Report of the Municipal Commissioner on the plague in Bombay for the year ending 31st May... - Volume 1
Disease focus: Plague
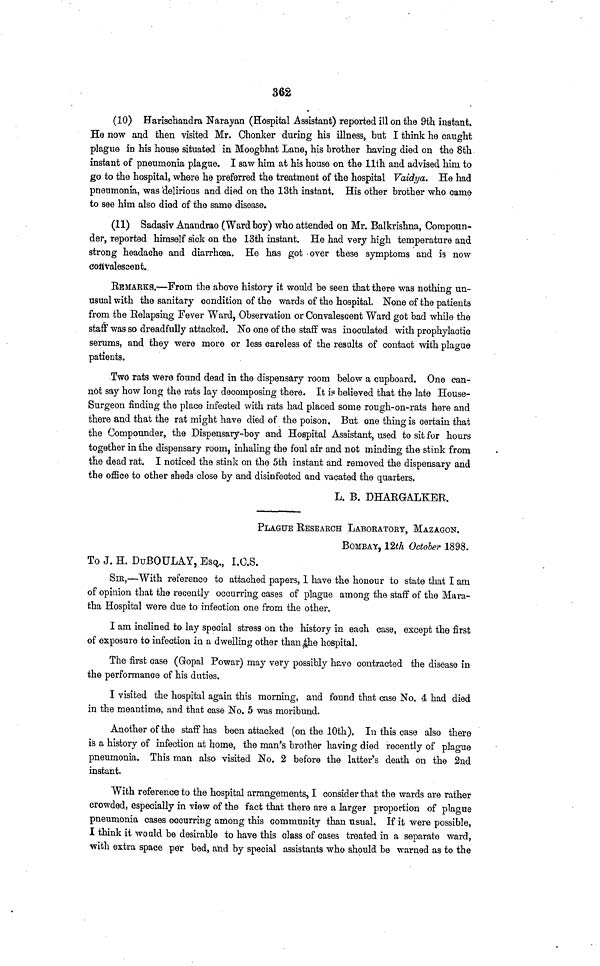
362
(10) Harischandra Narayan (Hospital Assistant) reported ill on the 9th instant.
He now and then visited Mr. Chonker during his illness, but I think he caught
plague in his house situated in Moogbhat Lane, his brother having died on the 8th
instant of pneumonia plague. I saw him at his house on the llth and advised him to
go to the hospital, where he preferred the treatment of the hospital Vaidya. He had
pneumonia, was delirious and died on the 13th instant. His other brother who came
to see him also died of the same disease.
(11) Sadasiv Anandrao (Ward boy) who attended on Mr. Balkrishna, Corapoun-
der, reported himself sick on the 13th instant. He had very high temperature and
strong headache and diarrhoea. He has got over these symptoms and is now
convalescent.
REMARKS.—From the above history it would be seen that there was nothing un-
usual with the sanitary condition of the wards of the hospital. None of the patients
from the Relapsing Fever Ward, Observation or Convalescent Ward got bad while the
staff was so dreadfully attacked. No one of the staff was inoculated with prophylactic
serums, and they were more or less careless of the results of contact with plague
patients.
Two rats were found dead in the dispensary room below a cupboard. One can-
not say how long the rats lay decomposing there. It is believed that the late House-
Surgeon finding the place infected with rats had placed some rough-on-rats here and
there and that the rat might have died of the poison, But one thing is certain that
the Gompounder, the Dispensary-boy and Hospital Assistant, used to sit for hours
together in the dispensary room, inhaling the foul air and not minding the stink from
the dead rat. I noticed the stink on the 5th instant and removed the dispensary and
the office to other sheds close by and disinfected and vacated the quarters.
L. B. DHARGALKER.
PLAGUE RESEARCH LABORATORY, MAZAGON.
BOMBAY, 12th October 1898.
To J. H. DuBOULAY, Esq., I.O.S.
Sm,—With reference to attached papers, 1 have the honour to state that I am
of opinion that the recently occurring cases of plague among the staff of the Mara-
tha Hospital were due to infection one from the other.
I am inclined to lay special stress on the history in each case, except the first
of exposure to infection in a dwelling other than the hospital.
The first case (Gopal Powar) may very possibly have contracted the disease in
the performance of his duties.
I visited the hospital again this morning, and found that case No. 4 had died
in the meantime, and that case No. 5 was moribund.
Another of the staff has been attacked (on the 10th). In this case also there
is a history of infection at home, the man's brother having died recently of plague
pneumonia. This man also visited No. 2 before the latter's death on the 2nd
instant.
With reference to the hospital arrangements, I consider that the wards are rather
crowded, especially in view of the fact that there are a larger proportion of plague
pneumonia cases occurring among this community than usual. If it were possible,
I think it would be desirable to have this class of cases treated in a separate ward,
with extra space per bed, and by special assistants who should be warned as to the